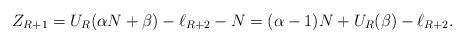
LaTeX: \begin{align*}Z_{R+1}=U_{R}(\alpha N +\beta)-\ell_{R+2}-N =(\alpha-1) N + U_{R}(\beta)-\ell_{R+2}.\end{align*}